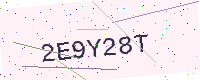
Text: 2E9Y28T